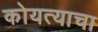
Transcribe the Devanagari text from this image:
कोयत्याचा